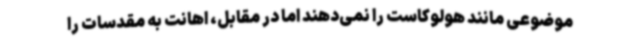
موضوعی مانند هولوکاست را نمی‌دهند اما در مقابل، اهانت به مقدسات را